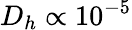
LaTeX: D_{h}\propto 10^{-5}